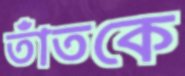
তাঁতকে